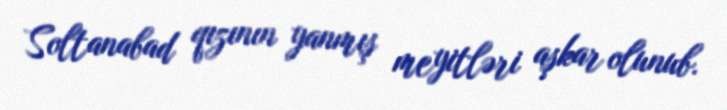
Soltanabad qızının yanmış meyitləri aşkar olunub.